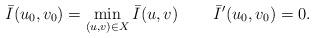
LaTeX: \begin{gather*}\bar{I}(u_0,v_0)=\min_{(u,v) \in X} \bar{I}(u,v)\quad\quad\, \bar{I}'(u_0,v_0)=0.\end{gather*}